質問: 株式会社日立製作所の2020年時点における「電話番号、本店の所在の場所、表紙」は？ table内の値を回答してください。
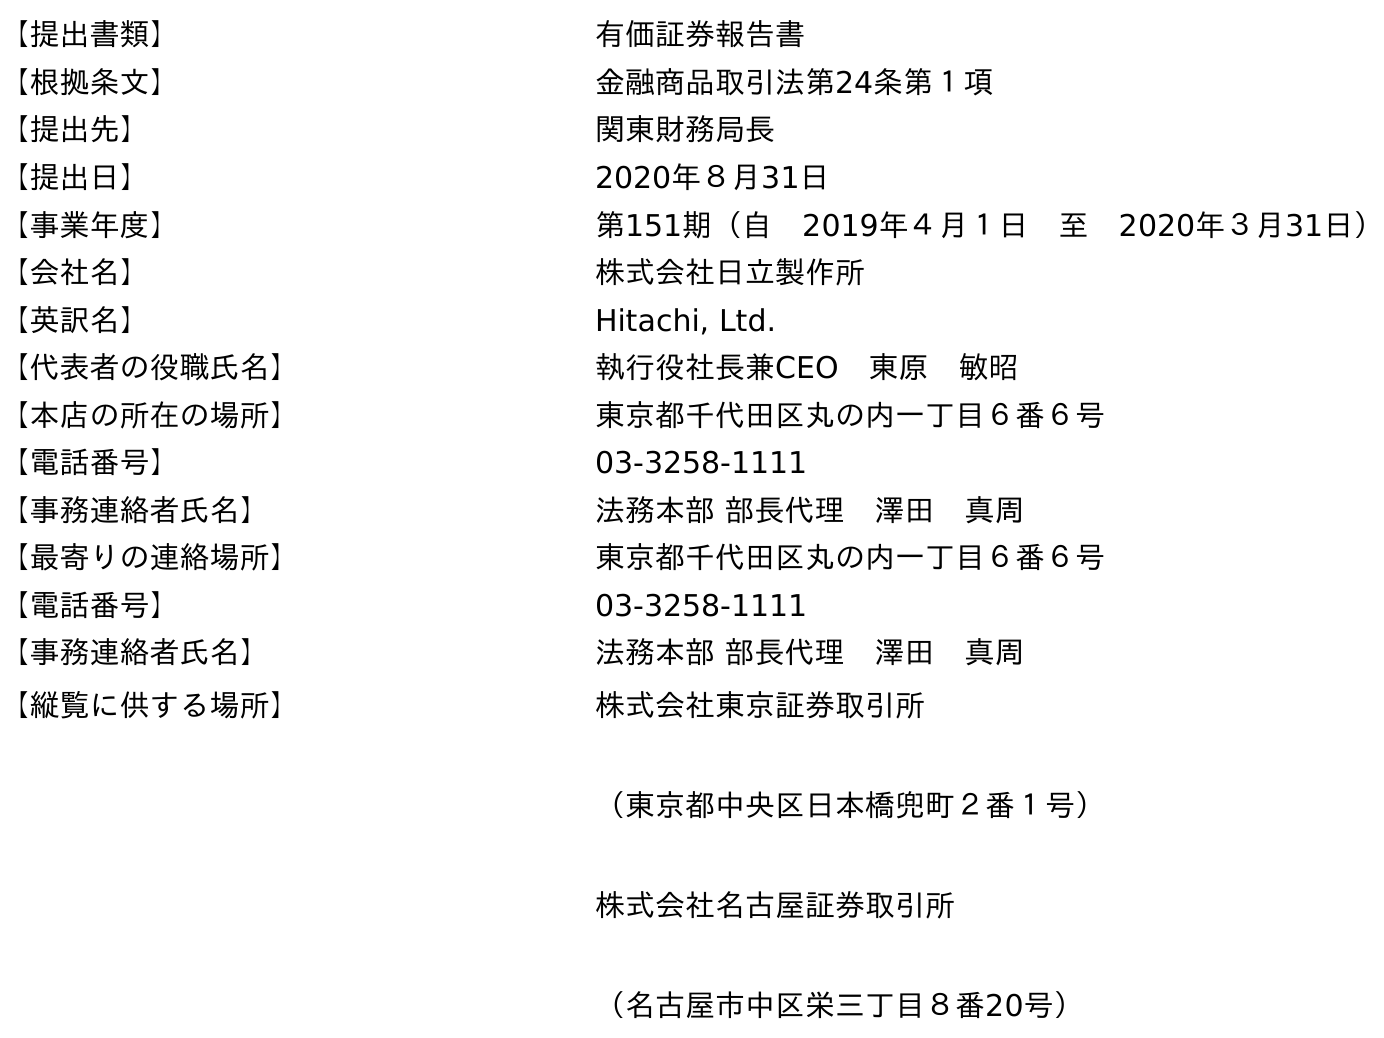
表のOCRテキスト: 【提出書類】 有価証券報告書 【根拠条文】 金融商品取引法第24条第１項 【提出先】 関東財務局長 【提出日】 2020年８月31日 【事業年度】 第151期（自 2019年４月１日 至 2020年３月31日） 【会社名】 株式会社日立製作所 【英訳名】 Hitachi, Ltd. 【代表者の役職氏名】 執行役社長兼CEO 東原 敏昭 【本店の所在の場所】 東京都千代田区丸の内一丁目６番６号 【電話番号】 03-3258-1111 【事務連絡者氏名】 法務本部 部長代理 澤田 真周 【最寄りの連絡場所】 東京都千代田区丸の内一丁目６番６号 【電話番号】 03-3258-1111 【事務連絡者氏名】 法務本部 部長代理 澤田 真周 【縦覧に供する場所】 株式会社東京証券取引所 （東京都中央区日本橋兜町２番１号） 株式会社名古屋証券取引所 （名古屋市中区栄三丁目８番20号）
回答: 03-3258-1111